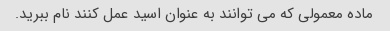
ماده معمولی که می توانند به عنوان اسید عمل کنند نام ببرید.